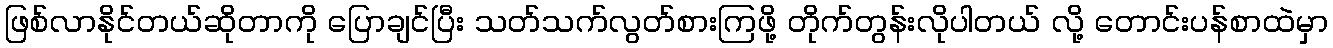
ဖြစ်လာနိုင်တယ်ဆိုတာကို ပြောချင်ပြီး သတ်သက်လွတ်စားကြဖို့ တိုက်တွန်းလိုပါတယ် လို့ တောင်းပန်စာထဲမှာ